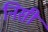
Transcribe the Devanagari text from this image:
निसी